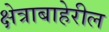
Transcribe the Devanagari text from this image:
क्षेत्राबाहेरील